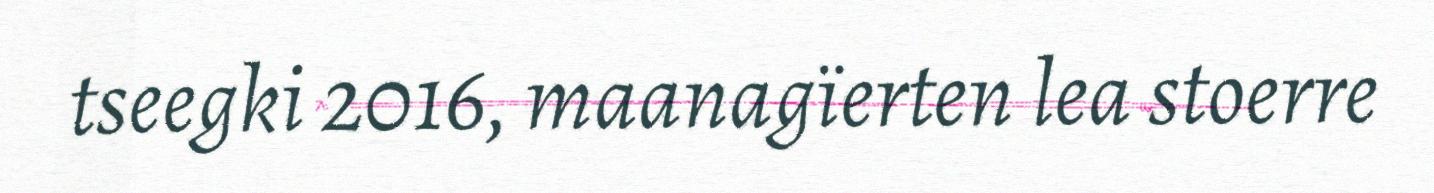
tseegki 2016, maanagïerten lea stoerre